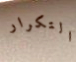
التكرار